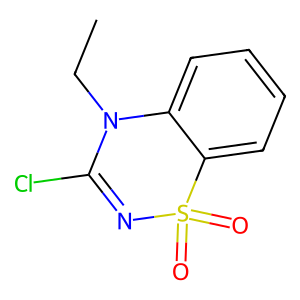
SMILES: CCN1C(Cl)=NS(=O)(=O)c2ccccc21
Inhibits HIV replication: No